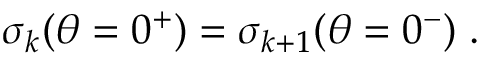
\sigma _ { k } ( \theta = 0 ^ { + } ) = \sigma _ { k + 1 } ( \theta = 0 ^ { - } ) \; .